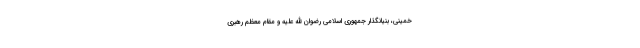
خمینی، بنیانگذار جمهوری اسلامی رضوان ‌الله علیه و مقام معظم رهبری